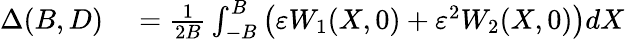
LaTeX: \begin{array}{rl}{\Delta(B,D)}&{{}=\frac{1}{2B}\int_{-B}^{B}\left(\varepsilon W_{1}(X,0)+\varepsilon^{2}W_{2}(X,0)\right)dX}\end{array}